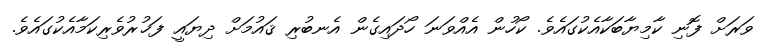
ވަރަށް ފޮނި ކާމިޔާބަކާއެކުގައެވެ. ކޯހުން އެއްވަނަ ހޯދައިގެން އެނބުރި ޤައުމަށް ދިޔައީ ފަޚުރުވެރިކަމާއެކުގައެވެ.